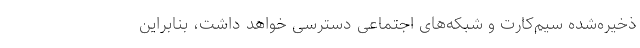
ذخیره‌شده سیم‌کارت‌ و شبکه‌های اجتماعی دسترسی خواهد داشت، بنابراین